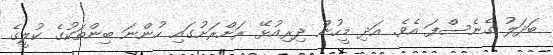
ބަދަލު ގެނެސްފަ އެވެ. އަދި މީހުން ދިރިއުޅޭ ރަށްރަށުގައި ހުންނަ ބިންތަކުގެ ކުލީގެ